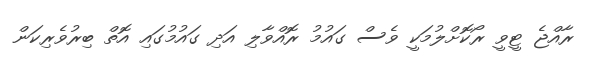
ރާއްޖެ ޓީވީ ރޯކޮށްލުމަކީ ވެސް ގައުމު ރޮއްވާލި އަދި ގައުމުގައި އޮތް ބިރުވެރިކަން